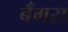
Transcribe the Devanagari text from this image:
बँगरा